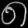
Digit: ၈